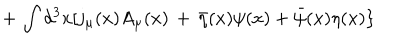
\, + \, \int d ^ { 3 } x [ j _ { \mu } ( x ) A _ { \mu } ( x ) \, + \, { \bar { \eta } } ( x ) \psi ( x ) + { \bar { \psi } } ( x ) \eta ( x ) \}